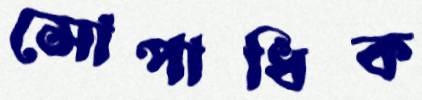
সোপাধিক